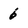
Character: 6